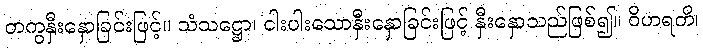
တကွနှီးနှောခြင်းဖြင့်။ သံသဋ္ဌော၊ ငါးပါးသောနှီးနှောခြင်းဖြင့် နှီးနှောသည်ဖြစ်၍။ ဝိဟရတိ၊